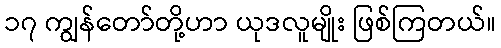
၁၇ ကျွန်တော်တို့ဟာ ယုဒလူမျိုး ဖြစ်ကြတယ်။